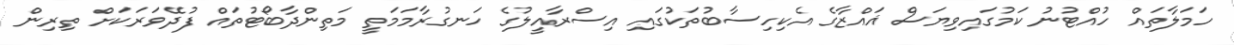
ހަމަލާތައް ހުއްޓުނު ކަމުގައިވިޔަސް ޣައްޒާގެ އެކިހިސާބުތަކުގައި އިސްރާއީލުގެ ހަނގުރާމަމަތީ މަތިންދާބޯޓުތައް ފުދޭވަރަކަށް ތިރިން